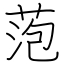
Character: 萢